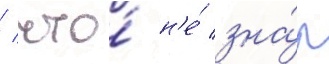
/ что́ н'е́ зна́л